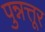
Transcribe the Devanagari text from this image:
पुन्नत्तूर